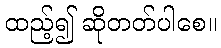
ထည့်၍ ဆိုတတ်ပါစေ။